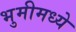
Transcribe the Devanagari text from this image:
भुमीमध्ये